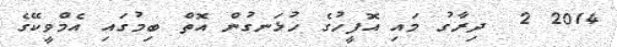
2014 2  ދިރާގު މައި އޮފީހުގެ ހުޅަނގުން އޮތް ބިމުގައި އެމްވީކޭގެ